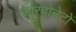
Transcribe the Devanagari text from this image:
कारबोनेटों